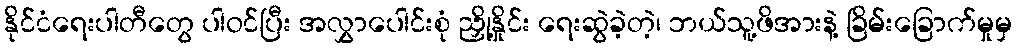
နိုင်ငံရေးပါတီတွေ ပါဝင်ပြီး အလွှာပေါင်းစုံ ညှို့နှိုင်း ရေးဆွဲခဲ့တဲ့၊ ဘယ်သူ့ဖိအားနဲ့ ခြိမ်းခြောက်မှုမှ